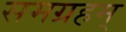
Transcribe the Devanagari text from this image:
समग्रहम्